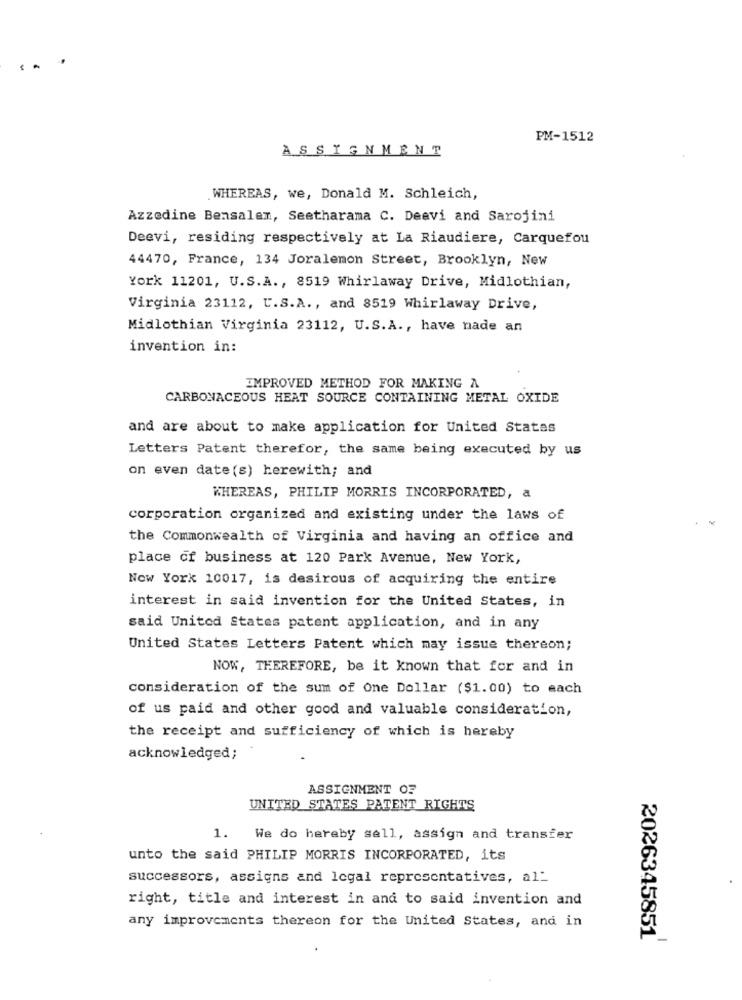
PM-1512
ASSIGNMENT
WHEREAS, we, Donald M. Schleich,
Azzedine Bensalem, Seetharama C. Deevi and Sarojini
Deevi, residing respectively at La Riaudiere, Carquefou
44470, France, 134 Joralemon Street, Brooklyn, New
York 11201, U.S.A ., 8519 Whirlaway Drive, Midlothian,
Virginia 23112, U.S.A ., and 8519 Whirlaway Drive,
Midlothian Virginia 23112, U.S.A ., have nade an
invention in:
IMPROVED METHOD FOR MAKING A
CARBONACEOUS HEAT SOURCE CONTAINING METAL OXIDE
and are about to make application for United States
Letters Patent therefor, the same being executed by us
on even date (s) herewith; and
WHEREAS, PHILIP MORRIS INCORPORATED, a
corporation organized and existing under the laws of
the Commonwealth of Virginia and having an office and
place of business at 120 Park Avenue, New York,
Now York 10017, is desirous of acquiring the entire
interest in said invention for the United States, in
said United States patent application, and in any
United States Letters Patent which may issue thereon;
NOW, THEREFORE, be it known that for and in
consideration of the sum of One Dollar ($1.00) to each
of us paid and other good and valuable consideration,
the receipt and sufficiency of which is hereby
acknowledged;
ASSIGNMENT OF
UNITED STATES PATENT RIGHTS
1. We do hereby sell, assign and transfer
unto the said PHILIP MORRIS INCORPORATED, its
successors, assigns and legal representatives, al_
right, title and interest in and to said invention and
any improvements thereon for the United States, and in
-
2026345851